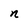
Character: n